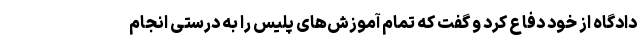
دادگاه از خود دفاع کرد و گفت که تمام آموزش‌های پلیس را به درستی انجام